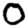
Digit: 0